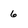
Character: 6